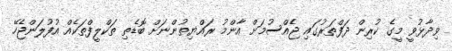
ވިދާޅުވީ މީގެ ކުރިން ދަފްތަރުގައި ޖެެއްސުމަށް އާންމު ރަައްޔިތުންނަށް ބޮޑެތި ތަކްލީފްތަކެއް އުފުލަންޖެހޭ